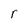
Character: r